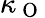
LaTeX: \kappa_{\mathrm{~O~}}